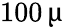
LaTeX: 100\, \upmu